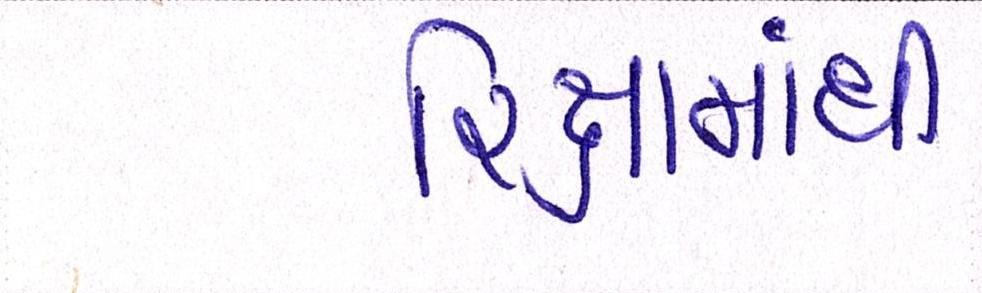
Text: રિક્ષામાંથી